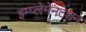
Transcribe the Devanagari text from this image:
इम्प्लेमेनटेशन